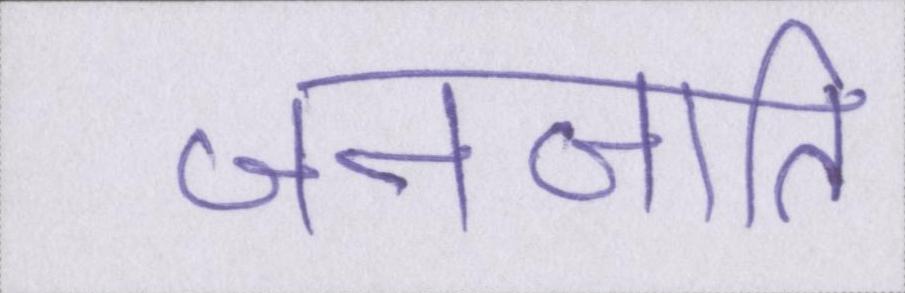
जनजाति